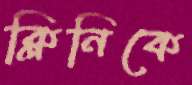
ক্লিনিকে